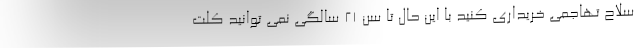
سلاح تهاجمی خریداری کنید با این حال تا سن ۲۱ سالگی نمی توانید کلت